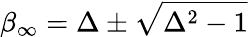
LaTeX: \beta_{\infty}=\Delta\pm\sqrt{\Delta^{2}-1}